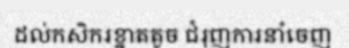
ដល់កសិករខ្នាតតូច ជំរុញការនាំចេញ